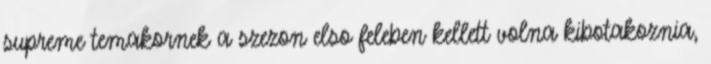
supreme temakornek a szezon elso feleben kellett volna kibotakoznia,